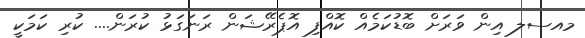
މއސލ އިން ވަރަށް ބޮޑުކަމެއް ކޮއްފި އޮޕެރޭޝަން ރަނަގަޅު ކުރަން.... ކުރި ކަމަކީ